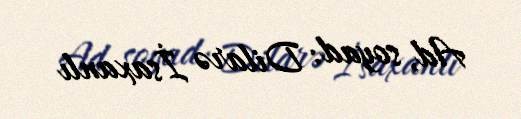
Ad, soyad: Dilarə İsaxanlı